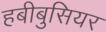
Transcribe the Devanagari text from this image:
हबीबुसियर